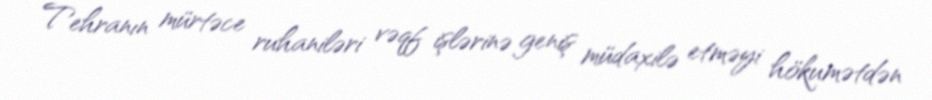
Tehranın mürtəce ruhaniləri vəqf işlərinə geniş müdaxilə etməyi hökumətdən